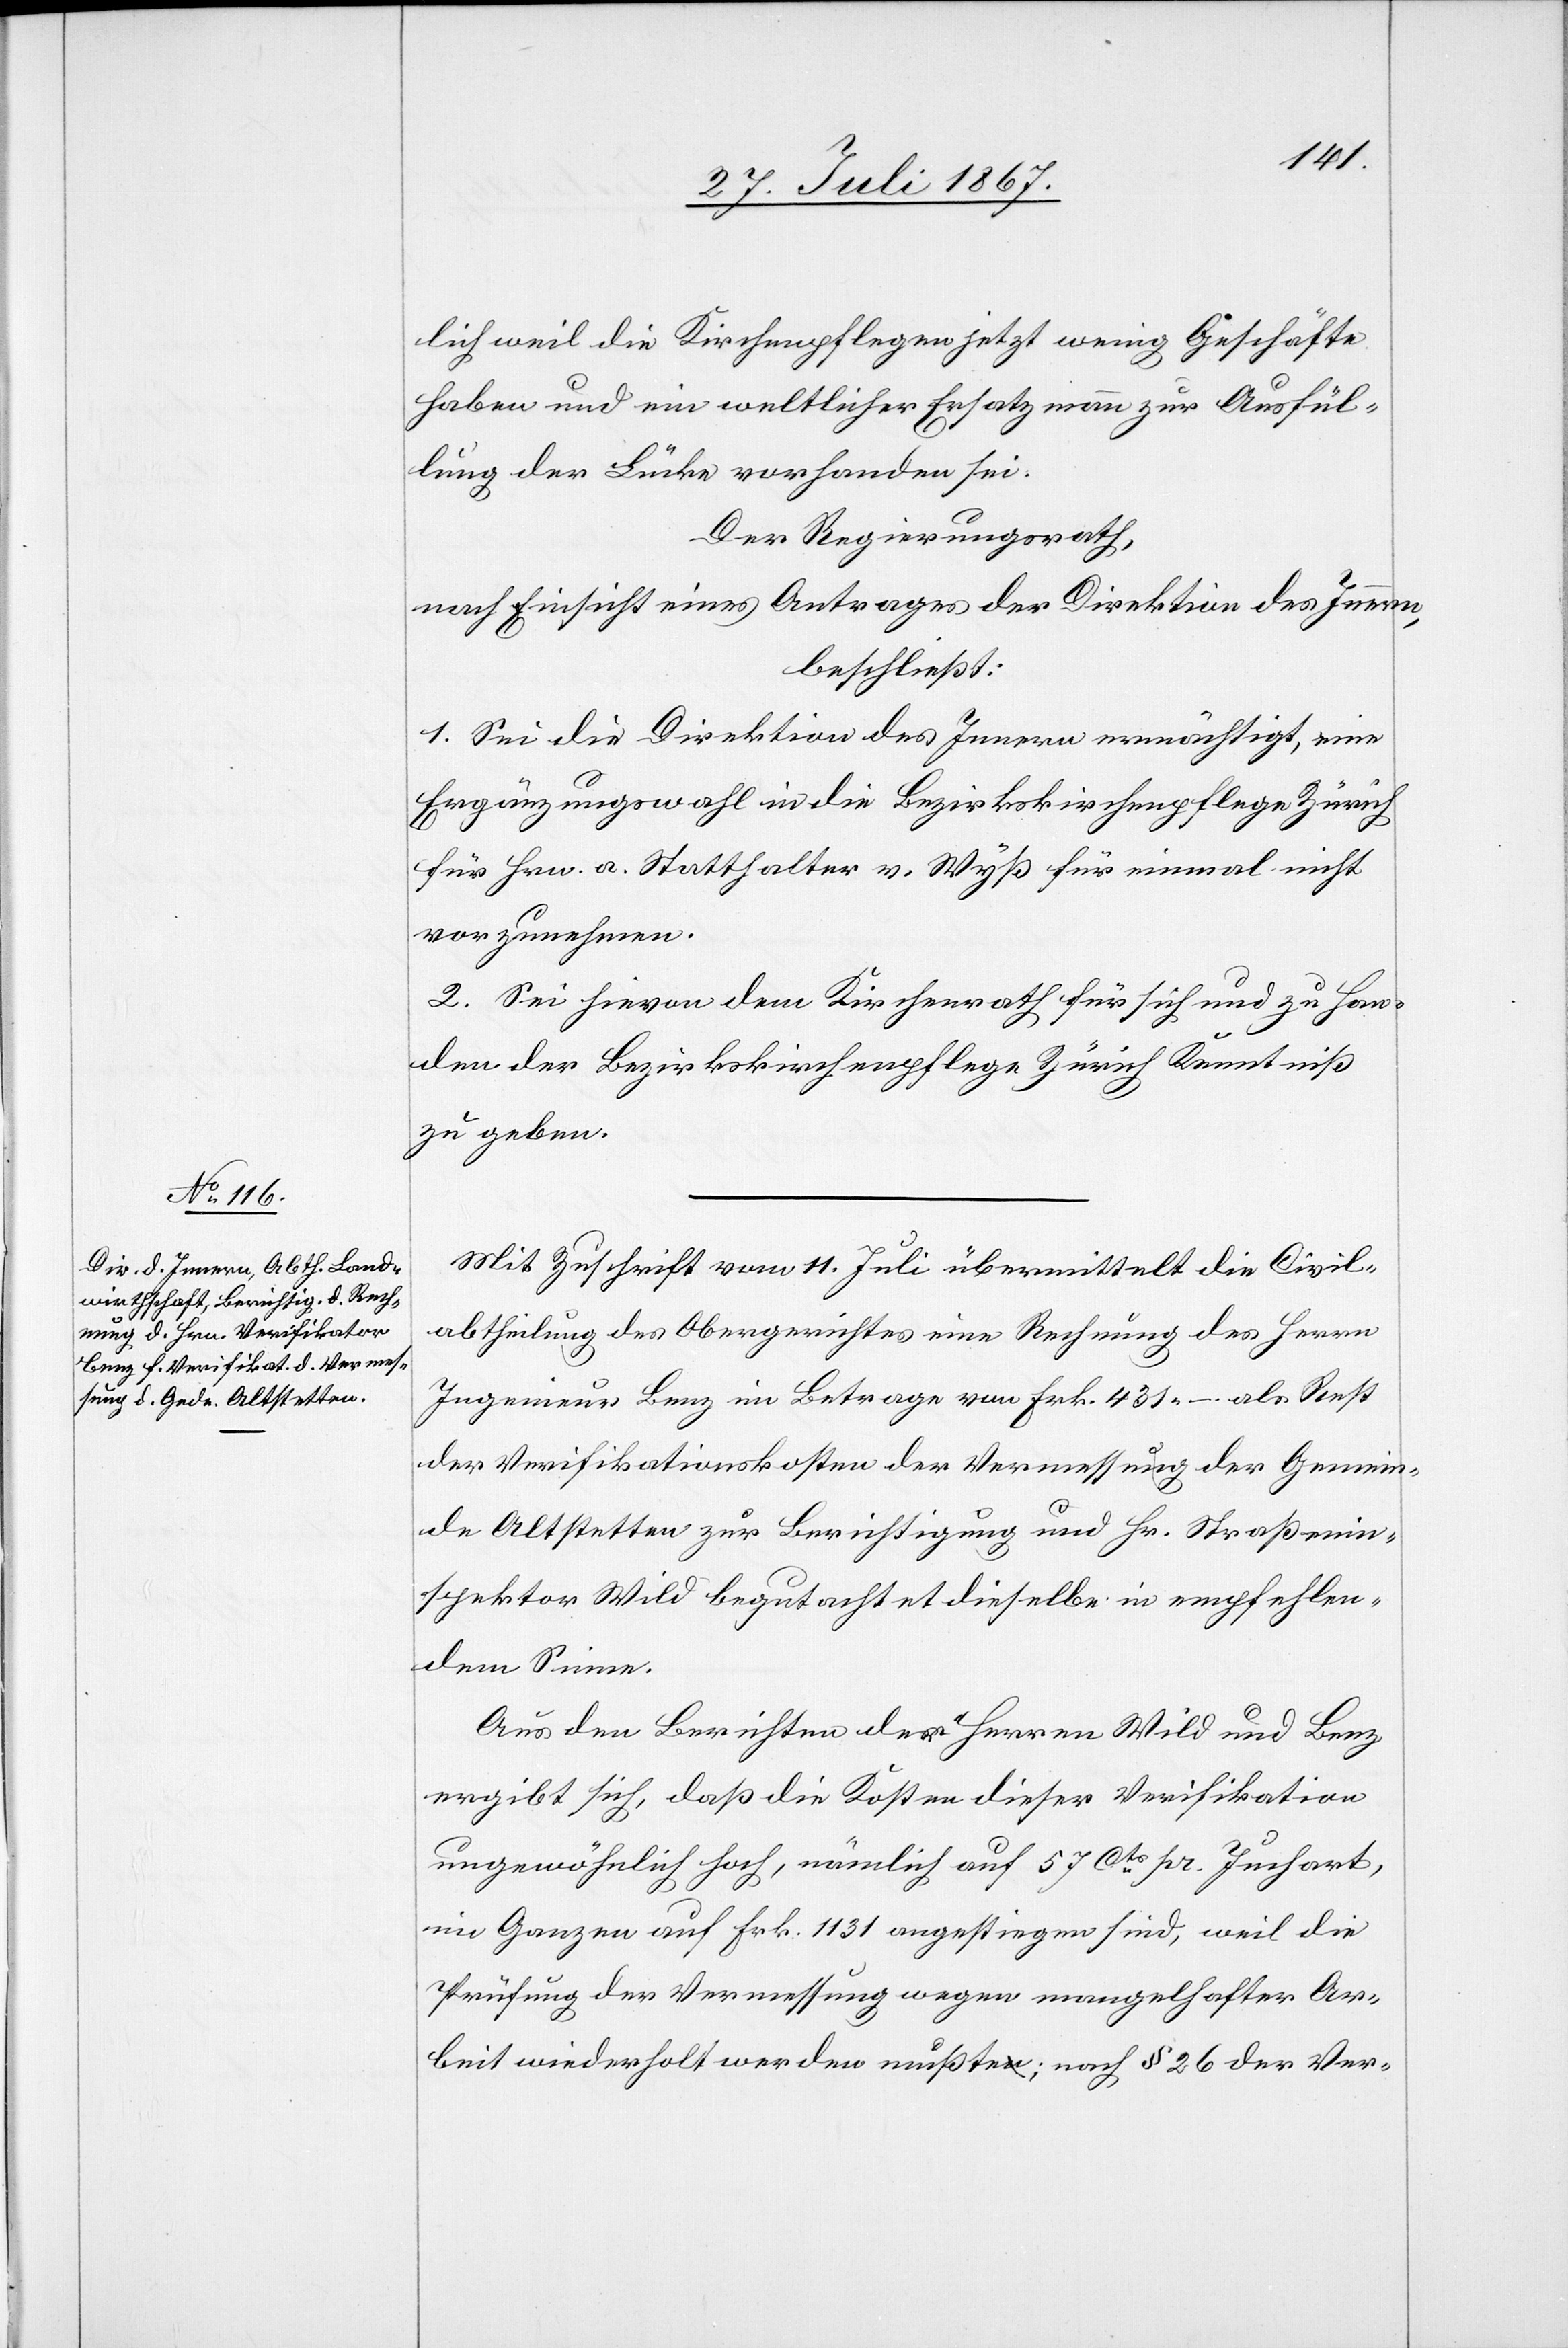
lich weil die Kirchenpflegen jetzt wenig Geschäfte
haben und ein weltlicher Ersatzmann zur Ausfül¬
lung der Lücke vorhanden sei.
Der Regierungsrath,
nach Einsicht eines Antrages der Direktion des Innern,
beschließt:
1. Sei die Direktion des Innern ermächtigt, eine
Ergänzungswahl in die Bezirkskirchenpflege Zürich
für Hrn. a. Statthalter v. Wyß für einmal nicht
vorzunehmen.
2. Sei hievon dem Kirchenrath für sich und zu Han¬
den der Bezirkskirchenpflege Zürich Kenntniß
zu geben.
Mit Zuschrift vom 11. Juli übermittelt die Civil¬
abtheilung des Obergerichtes eine Rechnung des Herrn
Ingenieur Benz im Betrage von Frk. 431.–. als Rest
der Verifikationskosten der Vermessung der Gemein¬
de Altstetten zur Berichtigung und Hr. Straßenin¬
spektor Wild begutachtet dieselbe in empfehlen¬
dem Sinne.
Aus den Berichte der Herren Wild und Benz
ergibt sich, daß die Kosten dieser Verifikation
ungewöhnlich hoch, nämlich auf 57 Cts. pr. Juchart,
im Ganzen auf Frk. 1131 angestiegen sind, weil die
Prüfung der Vermessung wegen mangelhafter Ar¬
beit wiederholt werden mußte; nach § 26 der Ver-